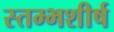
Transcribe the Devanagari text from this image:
स्तम्भशीर्ष